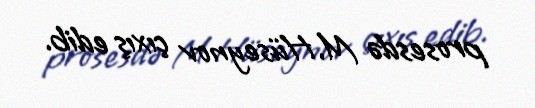
prosesdə M.Hüseynov çıxış edib.